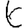
Digit: 6